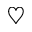
\heartsuit